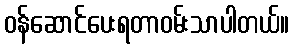
ဝန်ဆောင်ပေးရတာဝမ်းသာပါတယ်။